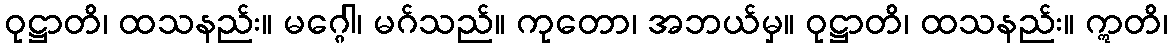
ဝုဋ္ဌာတိ၊ ထသနည်း။ မဂ္ဂေါ၊ မဂ်သည်။ ကုတော၊ အဘယ်မှ။ ဝုဋ္ဌာတိ၊ ထသနည်း။ ဣတိ၊